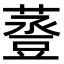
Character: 𧯷